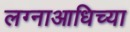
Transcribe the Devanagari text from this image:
लग्नाआधिच्या